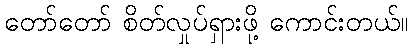
တော်တော် စိတ်လှုပ်ရှားဖို့ ကောင်းတယ်။